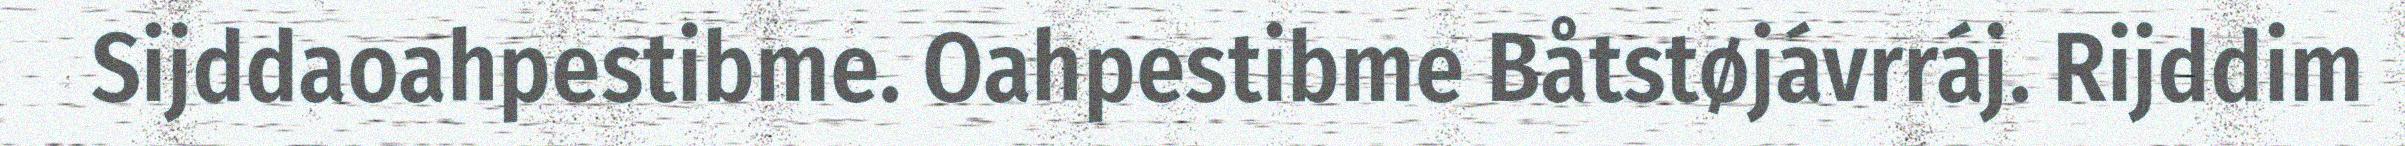
Sijddaoahpestibme. Oahpestibme Båtstøjávrráj. Rijddim